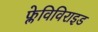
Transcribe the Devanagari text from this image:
फ्लेविविराइड